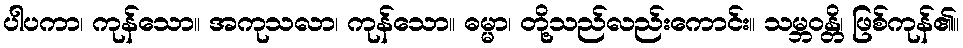
ပါပကာ၊ ကုန်သော။ အကုသလာ၊ ကုန်သော။ ဓမ္မာ၊ တို့သည်လည်းကောင်း။ သမ္ဘဝန္တိ၊ ဖြစ်ကုန်၏။